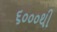
૬૦૦૦થી